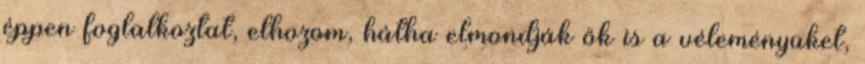
éppen foglalkoztat, elhozom, hátha elmondják ők is a véleményüket,